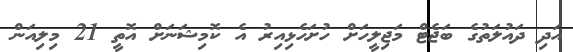
އަދި ދައުލަތުގެ ބަޖެޓް މަޖިލީހަށް ހުށަހެޅިއިރު އެ ކޮމިޝަނަށް އޮތީ 21 މިލިއަން